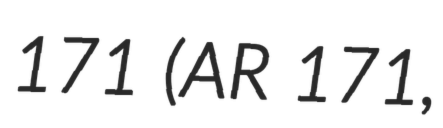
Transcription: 171 (AR 171,